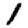
Digit: 1